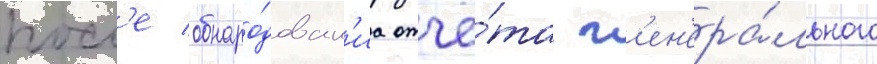
посл'е обнаро́дован'иа отчё́та г'ен'ера́льного